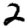
Digit: 2